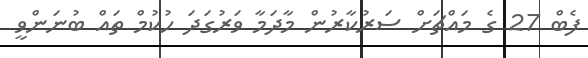
ފެބް 27 ގެ މައްޗަށް ސަރުކާރުން މާދަމާ ވަރުގަދަ ހުކުމް ތައް ބުނަންވީ